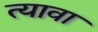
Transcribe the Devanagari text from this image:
त्यावा